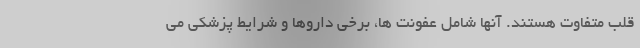
قلب متفاوت هستند. آنها شامل عفونت ها، برخی داروها و شرایط پزشکی می